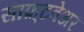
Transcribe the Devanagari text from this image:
साफ़्टवेअर